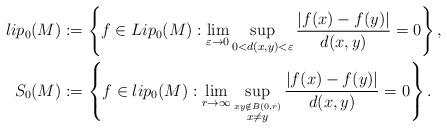
LaTeX: \begin{align*}lip_0(M)&:=\left\{f\in Lip_0(M): \lim\limits_{\varepsilon\rightarrow 0} \sup\limits_{0<d(x,y)<\varepsilon} \frac{|f(x)-f(y)|}{d(x,y)}=0\right\},\\S_0(M)&:=\left\{ f\in lip_0(M) : \lim\limits_{r\rightarrow \infty} \sup_{\stackrel{x y\notin B(0,r)}{x\neq y}} \frac{| f(x)-f(y)|}{d(x,y)}=0\right\}.\end{align*}